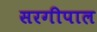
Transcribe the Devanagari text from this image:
सरगीपाल